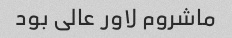
ماشروم لاور عالی بود